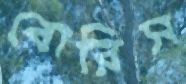
বোরিস